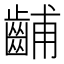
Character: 𫜦